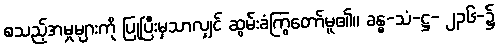
စသည့်အမှုများကို ပြုပြီးမှသာလျှင် ဆွမ်းခံကြွတော်မူ၏။ ခန္ဓ-သံ-ဋ္ဌ- ၂၃၆-၌